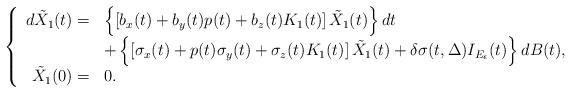
LaTeX: \begin{align*}\left\{\begin{array}[c]{rl}d\tilde{X}_{1}(t)= & \left\{ \left[ b_{x}(t)+b_{y}(t)p(t)+b_{z}(t)K_{1}(t)\right] \tilde{X}_{1}(t)\right\} dt\\& +\left\{ \left[ \sigma_{x}(t)+p(t)\sigma_{y}(t)+\sigma_{z}(t)K_{1}(t)\right] \tilde{X}_{1}(t)+\delta\sigma(t,\Delta)I_{E_{\epsilon}}(t)\right\} dB(t),\\\tilde{X}_{1}(0)= & 0.\end{array}\right. \end{align*}